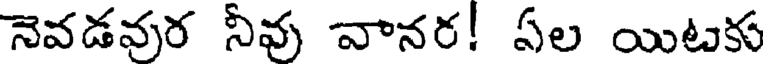
నెవడవుర నీవు వానర! ఏల యిటకు